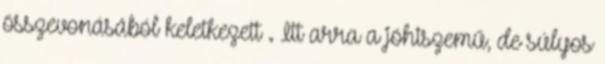
összevonásából keletkezett . Itt arra a jóhiszemű, de súlyos